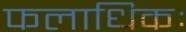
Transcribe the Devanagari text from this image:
फलाधिकः